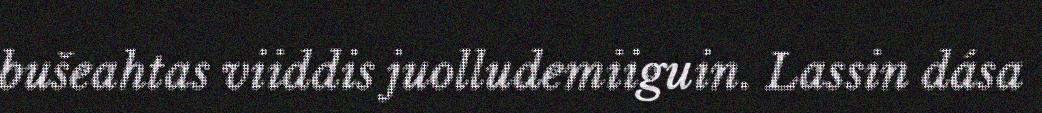
bušeahtas viiddis juolludemiiguin. Lassin dása